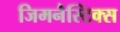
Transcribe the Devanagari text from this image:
जिमनैस्टिक्स